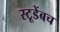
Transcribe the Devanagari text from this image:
स्टूडेंबच